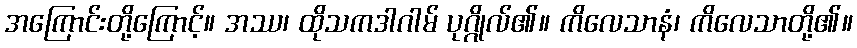
အကြောင်းတို့ကြောင့်။ အဿ၊ ထိုသကဒါဂါမ် ပုဂ္ဂိုလ်၏။ ကိလေသာနံ၊ ကိလေသာတို့၏။